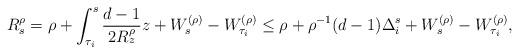
LaTeX: \begin{align*} R^{\rho}_s=\rho+\int_{\tau_i}^s \frac{d-1}{2R^{\rho}_z}z+W^{(\rho)}_s-W^{(\rho)}_{\tau_i}\leq \rho+\rho^{-1}(d-1)\Delta_i^s+W^{(\rho)}_s-W^{(\rho)}_{\tau_i}, \end{align*}